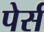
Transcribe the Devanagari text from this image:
पेर्स